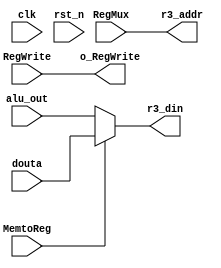
`timescale 1ns / 1ps
//////////////////////////////////////////////////////////////////////////////////
// Company: 
// Engineer: 
// 
// Design Name: 
// Module Name:    WB 
// Project Name: 
// Target Devices: 
// Tool versions: 
// Description: 
//
// Dependencies: 
//
// Revision: 
// Revision 0.01 - File Created
// Additional Comments: 
//
//////////////////////////////////////////////////////////////////////////////////
module WB(
    input clk,
    input rst_n,
	 
    input [31:0] douta,
    input [31:0] alu_out,
	 input MemtoReg,
	 input RegWrite,
	 input [4:0] RegMux,
	 
	 output [31:0] r3_din,
	 output [4:0] r3_addr,
	 output o_RegWrite
    );
	 
	 
assign r3_din=(MemtoReg==0)?alu_out:douta;	
assign r3_addr=RegMux;
assign o_RegWrite=RegWrite;
endmodule